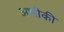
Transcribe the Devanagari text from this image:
अभीकी